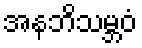
အနဘိသမ္ဘဝံ